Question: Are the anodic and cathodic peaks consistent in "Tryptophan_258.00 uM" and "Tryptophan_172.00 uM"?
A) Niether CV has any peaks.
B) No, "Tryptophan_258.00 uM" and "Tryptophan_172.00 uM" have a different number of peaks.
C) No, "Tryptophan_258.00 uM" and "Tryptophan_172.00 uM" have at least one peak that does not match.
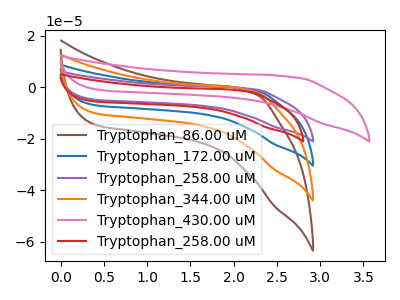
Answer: <think>The brown curve "Tryptophan_86.00 uM" has no peaks. The blue curve "Tryptophan_172.00 uM" has no peaks. The purple curve "Tryptophan_258.00 uM" has no peaks. The orange curve "Tryptophan_344.00 uM" has no peaks. The pink curve "Tryptophan_430.00 uM" has no peaks. The red curve "Tryptophan_258.00 uM" has no peaks.</think>
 <answer>A) Niether CV has any peaks.</answer>
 <eval>A</eval>